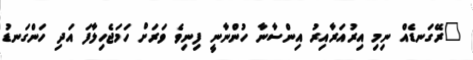
"ރޭގަނޑެއް ނިމި އިރުއަރާއިރު އިންސާނާ ހުންނާނީ ފިނިވެ ވަރަށް ހަމަޖެހިލާފަ އަދި ހަންގަނޑު